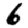
Digit: 6